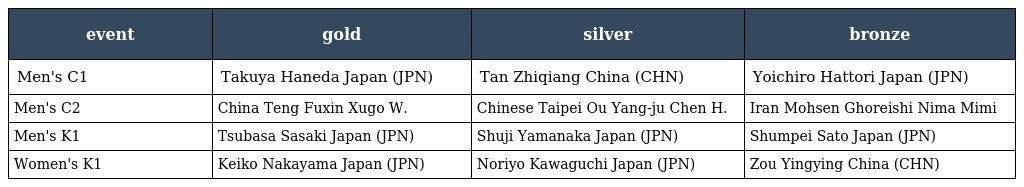
| event | gold | silver | bronze |
 | --- | --- | --- | --- |
 | Men's C1 | Takuya Haneda Japan (JPN) | Tan Zhiqiang China (CHN) | Yoichiro Hattori Japan (JPN) |
 | Men's C2 | China Teng Fuxin Xugo W. | Chinese Taipei Ou Yang-ju Chen H. | Iran Mohsen Ghoreishi Nima Mimi |
 | Men's K1 | Tsubasa Sasaki Japan (JPN) | Shuji Yamanaka Japan (JPN) | Shumpei Sato Japan (JPN) |
 | Women's K1 | Keiko Nakayama Japan (JPN) | Noriyo Kawaguchi Japan (JPN) | Zou Yingying China (CHN) |